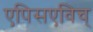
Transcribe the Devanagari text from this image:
एपिसएविच्